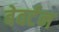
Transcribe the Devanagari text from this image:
बेवर्टन